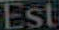
Est